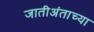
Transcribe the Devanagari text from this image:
जातीअंताच्या